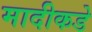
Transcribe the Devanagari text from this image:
मादीकडे